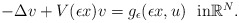
\begin{align*}-\Delta v + V(\epsilon x)v = g_\epsilon(\epsilon x,u) \ \ \mbox{in$\mathbb{R}^N$}. \end{align*}